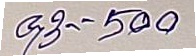
93 - 500